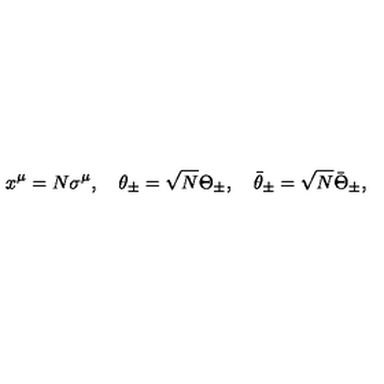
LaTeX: x ^ { \mu } = N \sigma ^ { \mu } , \quad \theta _ { \pm } = \sqrt { N } \Theta _ { \pm } , \quad \bar { \theta } _ { \pm } = \sqrt { N } \bar { \Theta } _ { \pm } ,